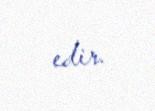
edir.